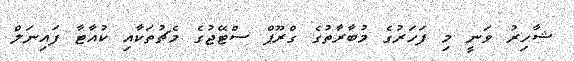
ޝާހިރު ވަނީ މި ފަހަރުގެ މުބާރާތުގެ ގްރޫޕް ސްޓޭޖުގެ މެޗުތަކާއި ކުއާޓާ ފައިނަލް